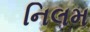
નિલમ